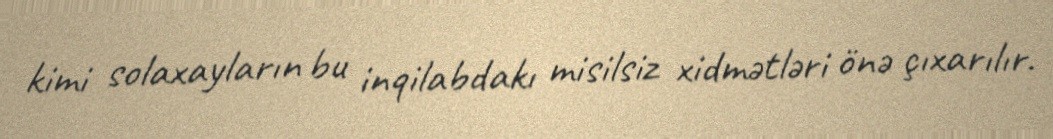
kimi solaxayların bu inqilabdakı misilsiz xidmətləri önə çıxarılır.